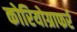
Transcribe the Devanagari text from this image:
कोरियोग्राफर्र